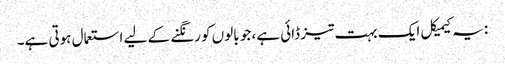
: یہ کیمیکل ایک بہت تیز ڈائی ہے، جو بالوں کو رنگنے کے لیے استعمال ہوتی ہے۔